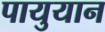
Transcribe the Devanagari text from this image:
पायुयान